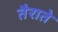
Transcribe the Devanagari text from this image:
तैराते